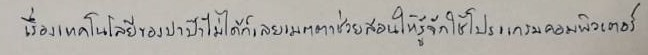
เรื่องเทคโนโลยีของปาป๊าไม่ได้ก็เลยเมตตาช่วยสอนให้รู้จักใช้โปรแกรมคอมพิวเตอร์